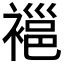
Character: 𧜇